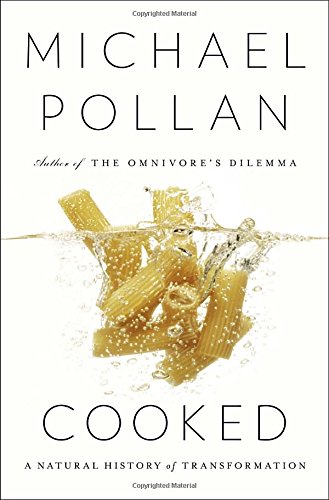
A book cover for Cooked: A Natural History of Transformation; Michael Pollan; Cookbooks, Food & Wine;